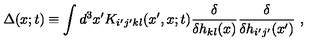
\Delta ( x ; t ) \equiv \int d ^ { 3 } x ^ { \prime } K _ { i ^ { \prime } j ^ { \prime } k l } ( x ^ { \prime } , x ; t ) \frac { \delta } { \delta h _ { k l } ( x ) } \frac { \delta } { \delta h _ { i ^ { \prime } j ^ { \prime } } ( x ^ { \prime } ) } \ ,